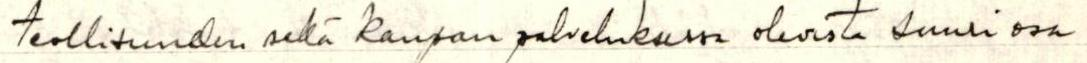
teollisuuden sekä kaupan palveluksessa olevista suuri osa